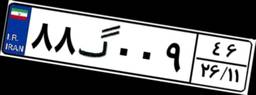
۶۱گ۸۸۴۰۱